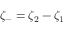
\zeta _ { - } = \zeta _ { 2 } - \zeta _ { 1 }